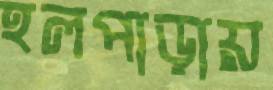
হলপাড়ায়